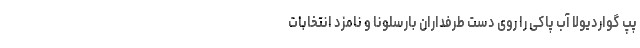
پپ گواردیولا آب پاکی را روی دست طرفداران بارسلونا و نامزد انتخابات